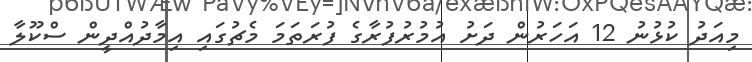
މިއަދު ކުޅުނު 12 އަހަރުން ދަށު އުމުރުފުރާގެ ފުރަތަމަ މެޗުގައި އިމާދުއްދީން ސްކޫލާ